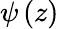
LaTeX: \psi\left(z\right)